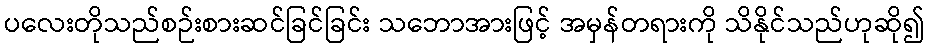
ပလေးတိုသည်စဉ်းစားဆင်ခြင်ခြင်း သဘောအားဖြင့် အမှန်တရားကို သိနိုင်သည်ဟုဆို၍